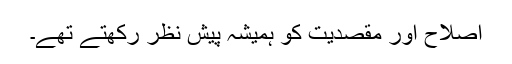
اصلاح اور مقصدیت کو ہمیشہ پیش نظر رکھتے تھے۔